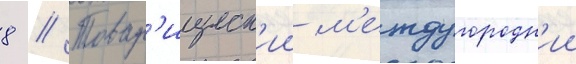
8 // Товар'ищеск'ии м'еждугородн'ии